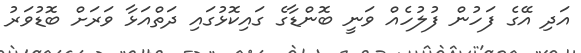
އަދި އޭގެ ފަހުން ފުލުހެއް ވަނީ ބޮންޑާގެ ގައިކޮޅުގައި ދަތްއަޅާ ވަރަށް ބޮޑުވަރު